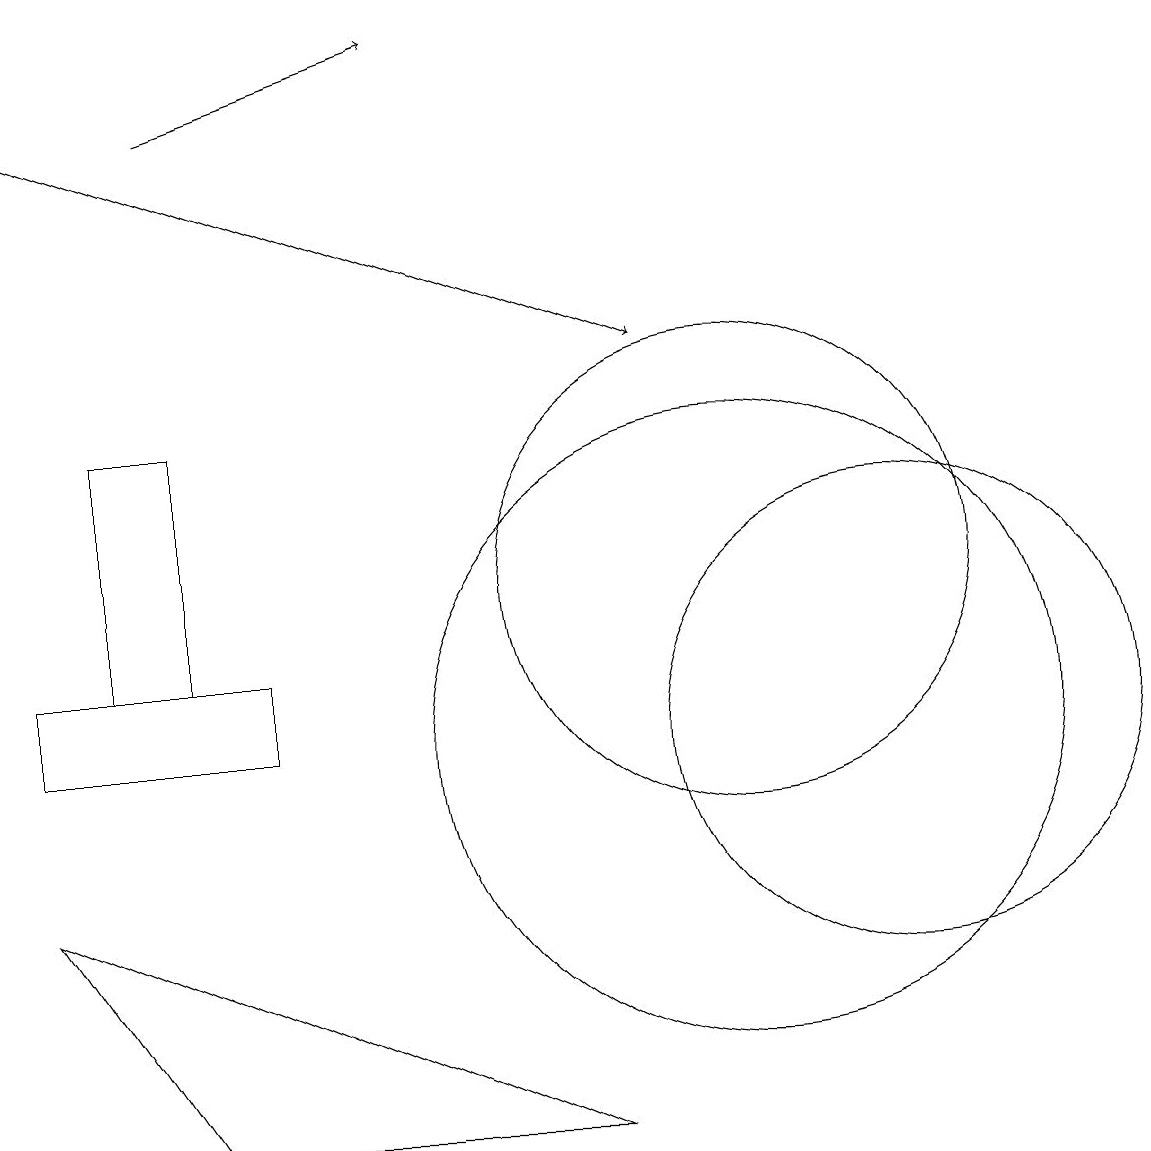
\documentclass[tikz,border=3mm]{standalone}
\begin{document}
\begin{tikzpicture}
\draw (3,11) rectangle (2,14);
\draw[->] (1,18) -- (9,15);
\draw (3,5) -- (8,5) -- (1,8) -- cycle;
\draw (4,10) rectangle (1,11);
\draw (12,10) circle (3);
\draw (10,10) circle (4);
\draw (10,12) circle (3);
\draw[->] (3,18) -- (6,19);
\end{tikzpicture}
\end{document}